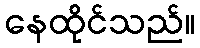
နေထိုင်သည်။